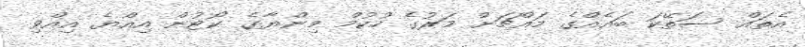
އެތައް ސަތޭކަ ބައެއްގެ މައްޗަށް މަރުގެ ހުކުމް މިންޔާގެ ކޯޓުން އިއްޔެ އިއްވި